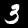
Label: 3